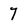
Character: 7